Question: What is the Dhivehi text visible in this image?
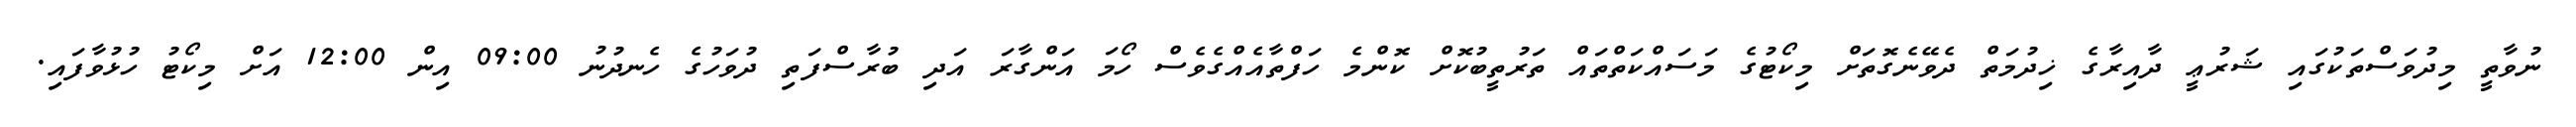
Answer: ނުވާތީ މިދުވަސްތަކުގައި ޝަރުޢީ ދާއިރާގެ ޚިދުމަތް ދެވޭނެގޮތަށް މިކޯޓުގެ މަސައްކަތްތައް ތަރުތީބުކޮށް ކޮންމެ ހަފްތާއެއްގެވެސް ހޯމަ އަންގާރަ އަދި ބުރާސްފަތި ދުވަހުގެ ހެނދުނު 09:00 އިން 12:00 އަށް މިކޯޓު ހުޅުވާފައި.